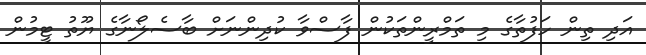
އަދި ތިން ހަފުތާގެ މި ތަމްރީންތަކުން ފާސްވާ ކުދިންނަށް ބާސެލޯނާގެ ޔޫތު ޓީމުން